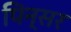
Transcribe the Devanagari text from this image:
पिन्सर